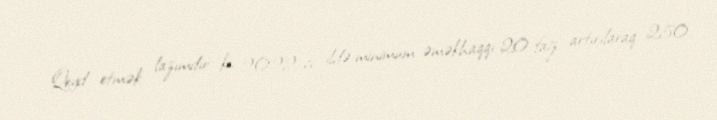
Qeyd etmək lazımdır ki, 2022-ci ildə minimum əməkhaqqı 20 faiz artırılaraq 250